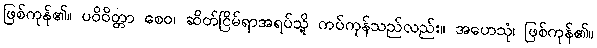
ဖြစ်ကုန်၏။ ပဝိဝိတ္တာ စေဝ၊ ဆိတ်ငြိမ်ရာအရပ်သို့ ကပ်ကုန်သည်လည်း။ အဟေသုံ၊ ဖြစ်ကုန်၏။